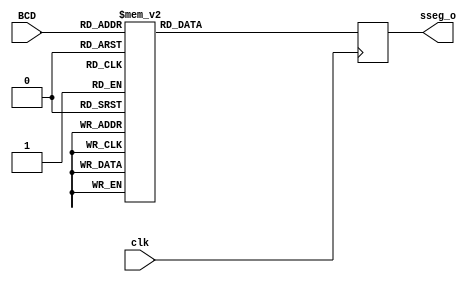
module ss_decode(
    input 			clk,
    input [3:0]	BCD,
	 output [7:0]	sseg_o
    );

	reg [7:0]	sseg = 8'b11111111;

	always @(posedge clk)
		begin
			case(BCD)
				4'b0000: sseg <= 8'b11000000;//00000011;
				4'b0001: sseg <= 8'b11111001;//10011111;
				4'b0010: sseg <= 8'b10100100;//00100101;
				4'b0011: sseg <= 8'b10110000;//00001101;
				4'b0100: sseg <= 8'b10011001;//10011001;
				4'b0101: sseg <= 8'b10010010;//01001001;
				4'b0110: sseg <= 8'b10000010;//01000001;
				4'b0111: sseg <= 8'b11111000;//00011111;
				4'b1000: sseg <= 8'b10000000;//00000001;
				4'b1001: sseg <= 8'b10010000;//00001001;
				default sseg <= 8'b11111111;
				endcase
		end

assign sseg_o = sseg;
endmodule